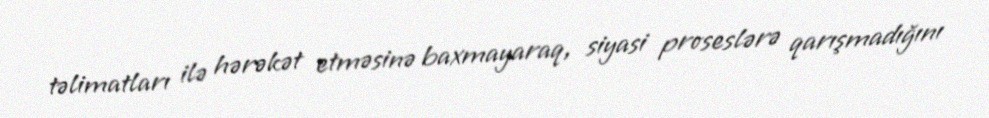
təlimatları ilə hərəkət etməsinə baxmayaraq, siyasi proseslərə qarışmadığını